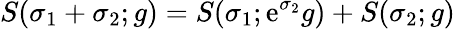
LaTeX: S(\sigma_{1}+\sigma_{2};g)=S(\sigma_{1};\mathrm{e}^{\sigma_{2}}g)+S(\sigma_{2};g)